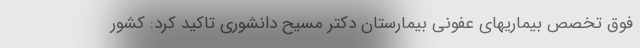
فوق تخصص بیماریهای عفونی بیمارستان دکتر مسیح دانشوری تاکید کرد: کشور